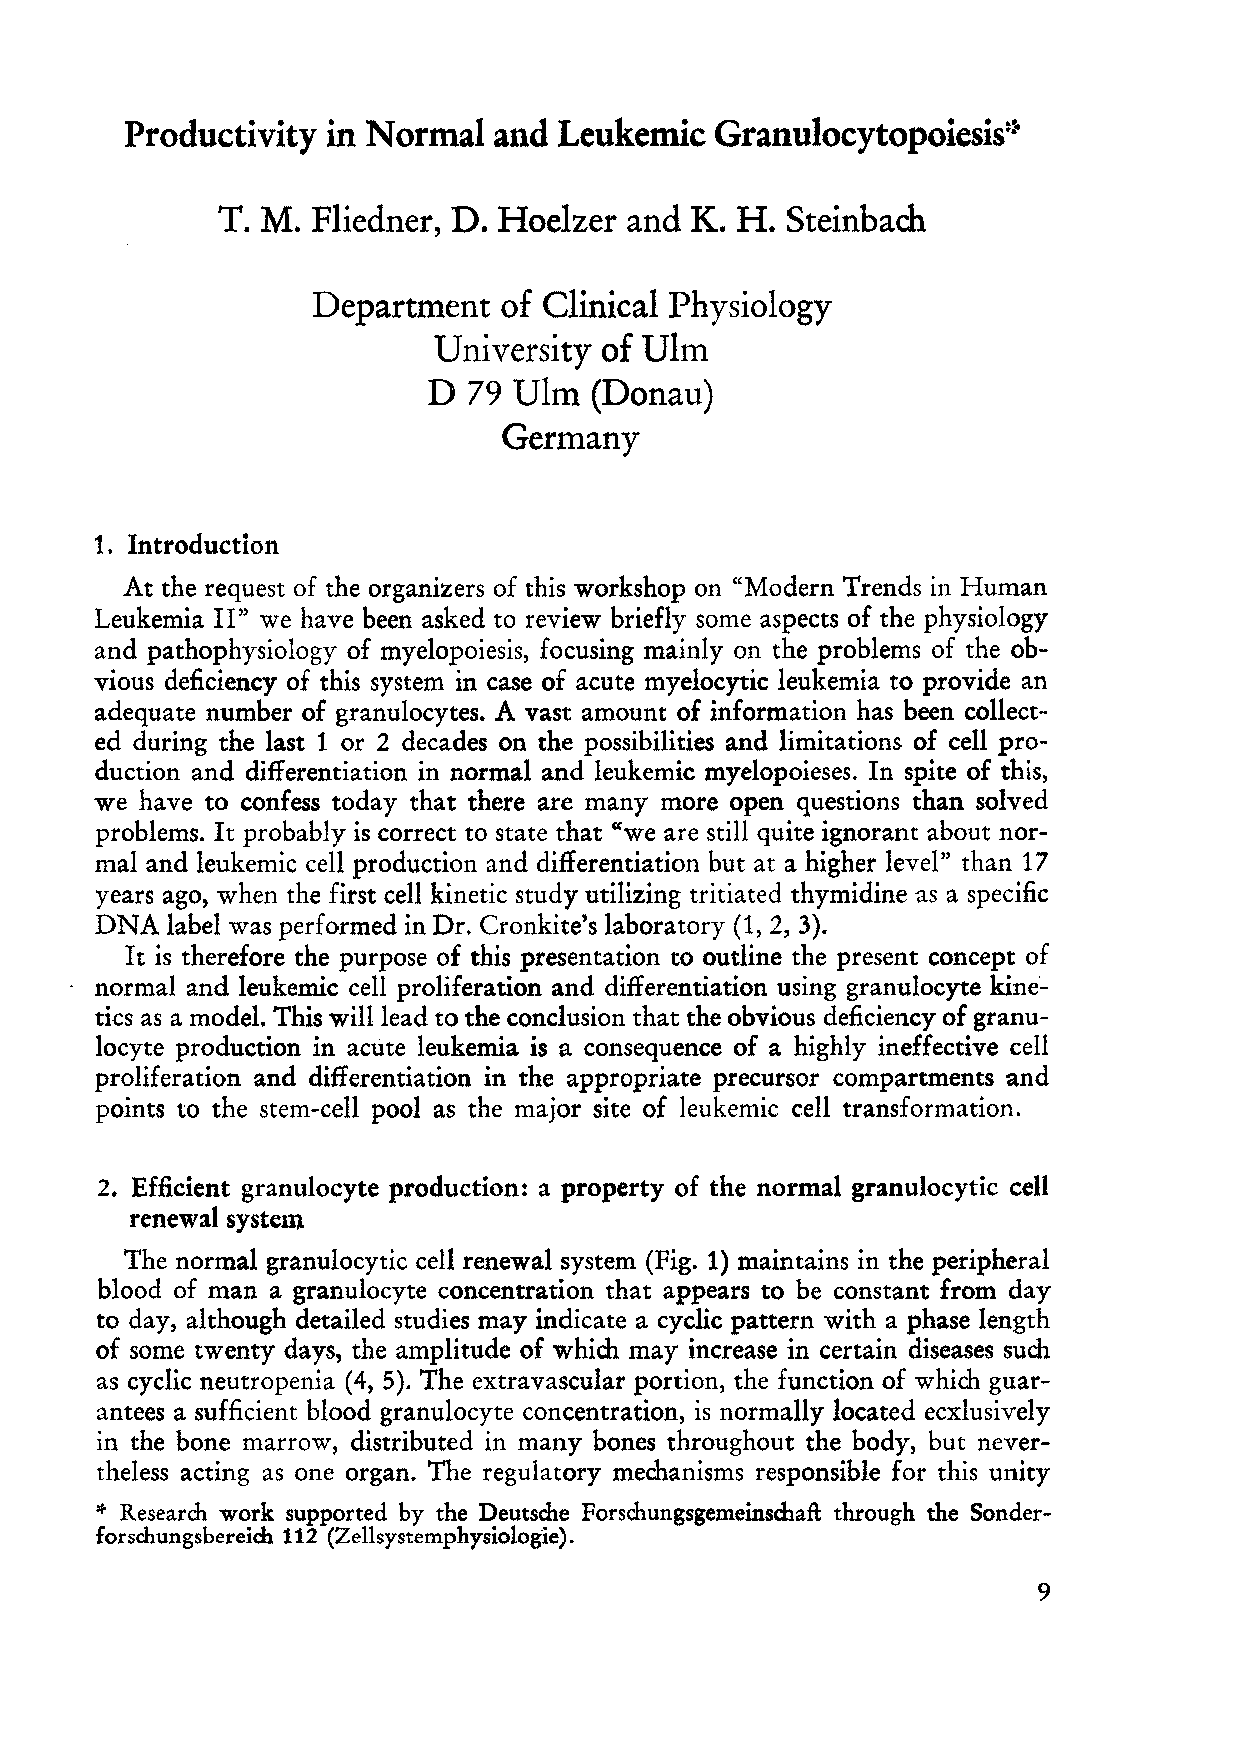
Productivity  in Normal  and Leukemic
 Granulocytopoiesis~·
 T. M.  Fliedner, D. Hoelzer and K. H. Steinbach
 Departrnent of Clinical Physiology
 University of Uirn
 D  79 Uirn (Donau)
 Gerrnany
 1. Introduetion
 At the request of the organizers of this workshop on "Modern Trends in Human
 n"
 Leukemia   we have been asked to review briefly some aspects of the physiology
 and pathophysiology of myelopoiesis, focusing mainly on the problems of the ob
 vious deficiency of this system in case of acute myelocytic leukemia to provide an
 adequate number of granulocytes. A vast amount of information has been collect
 ed during the last 1 or 2 decades on the possibilities and limitations of cell pro
 duetion and differentiation in normal and leukemie myelopoieses. In spite of this,
 we have to confess today that there are many more open questions than solved
 problems. It probably is eorreet to state that "we are still quite ignorant about nor
 mal and leukemic eell production and differentiation but at a higher level" than 17
 years ago, when the first cell kinetic study utilizing tritiated thymidine as a specific
 DNA  label was performed in Dr. Cronkite's laboratory (1, 2, 3).
 It is therefore the purpose of this presentation to outline the present coneept of
 normal and leukemie eell proliferation and differentiation using granuloeyte kine"
 ties as a model. This will lead to the eonclusion that the obvious deficieney of granu
 loeyte produetion in aeute leukemia is a eonsequenee of a highly ineffeetive eell
 proliferation and differentiation in the appropriate preeursor compartments and
 points to the stem-cell pool as the major si te of leukemic cell transformation.
 2. Effident granuloeyte production: a property of the normal granuloeytie eell
 renewal system
 The normal granulocytic eell renewal system (Fig. 1) maintains in the peripheral
 blood of man a granulocyte coneentration that appears to be constant from day
 to day, although detailed studies may indicate a cyclic pattern with a phase length
 of some twenty days, the amplitude of which may increase in eertain diseases such
 as eyclie neutropenia (4, 5). The extravascular portion, the function of which guar
 antees a suf:fieient blood granuloeyte concentration, is normally loeated ecxlusively
 in the bone marrow, distributed in many bones throughout the body, but never
 theless aeting as one organ. The regulatory mechanisms responsible for this unity
 *
 Research work supported by the Deutsche Forschungsgemeinschaft through the Sonder
 forschungsbereich 112 (Zellsystemphysiologie).
 9